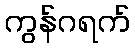
ကွန်ဂရက်